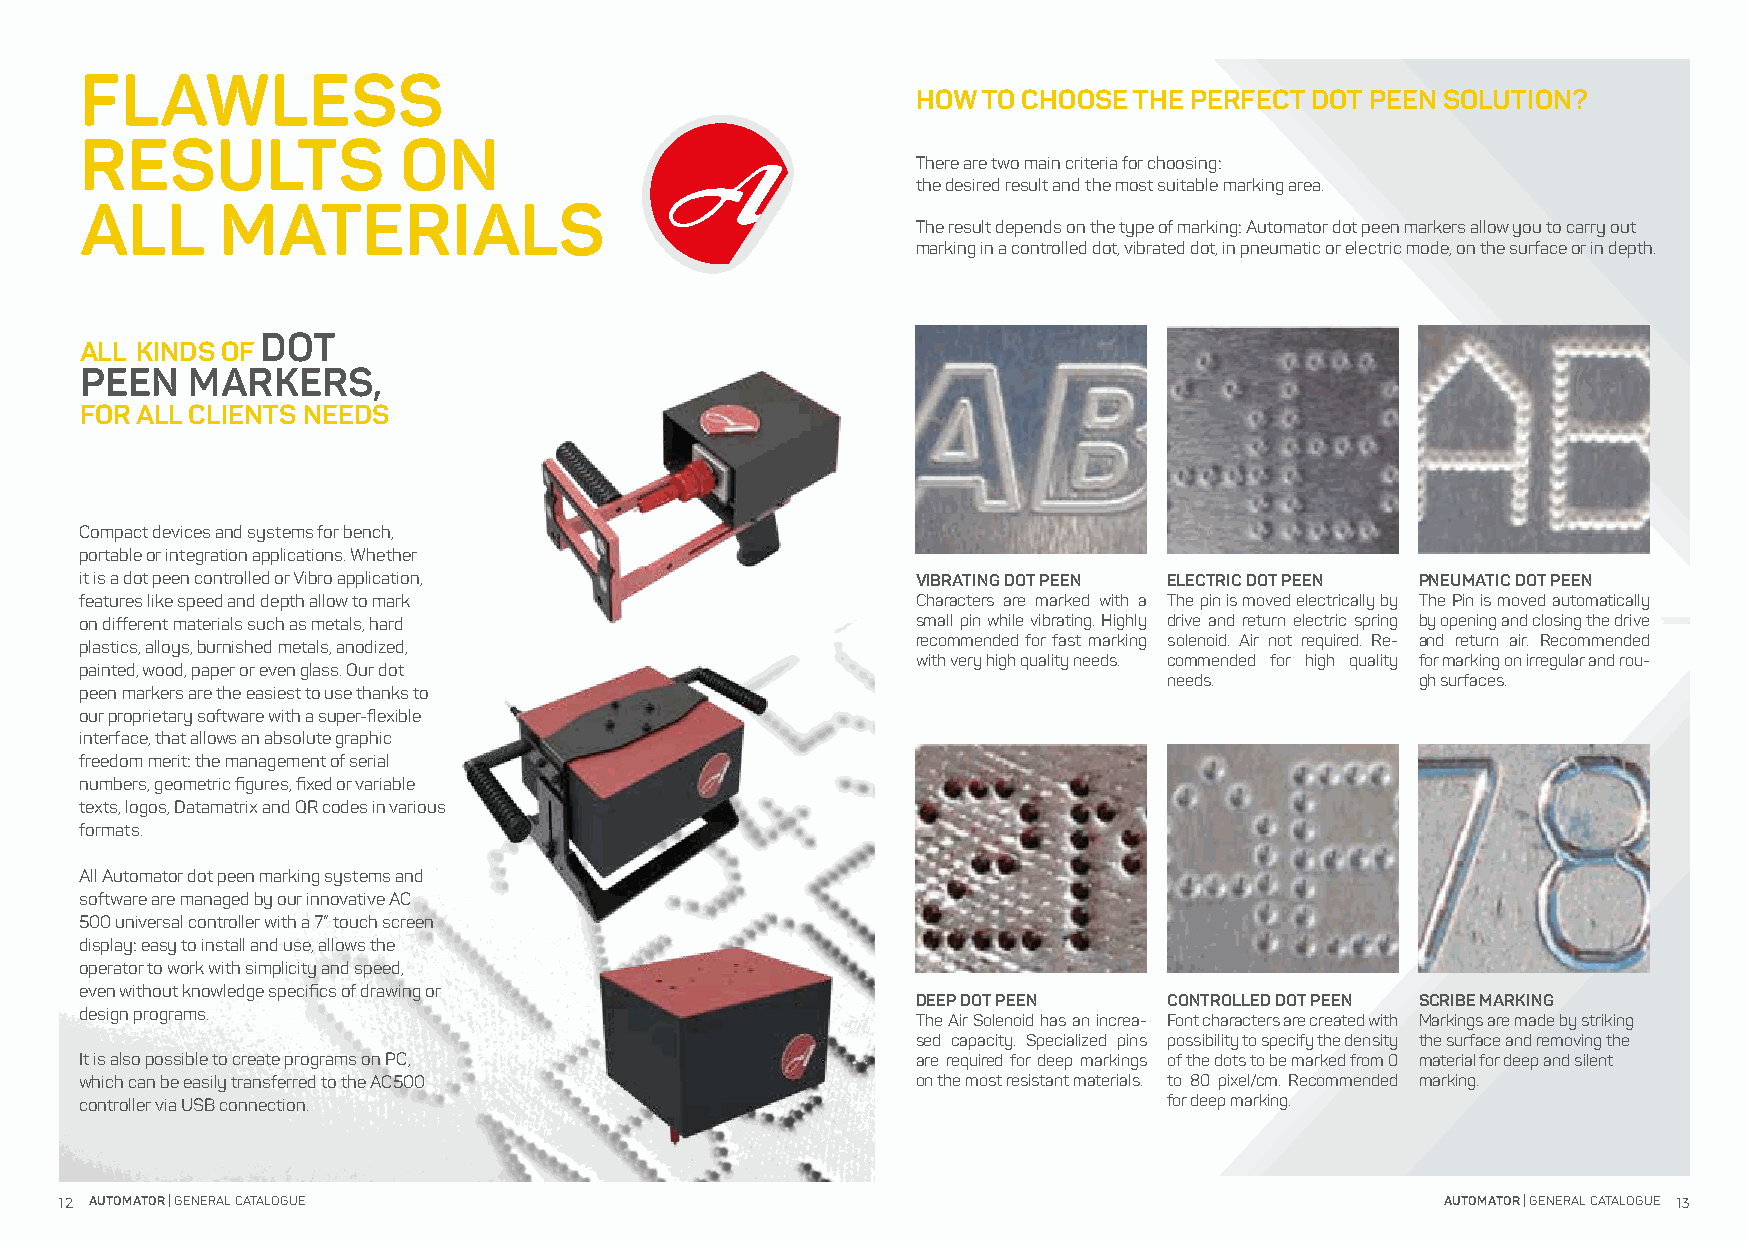
FLAWLESS
 HOW TO CHOOSE THE PERFECT DOT PEEN SOLUTION?
 RESULTS              ON
 There are two main criteria for choosing:
 the desired result and the most suitable marking area.
 ALL       MATERIALS
 The result depends on the type of marking: Automator dot peen markers allow you to carry out
 marking in a controlled dot, vibrated dot, in pneumatic or electric mode, on the surface or in depth.
 DOT
 ALL KINDS OF
 PEEN   MARKERS,
 FOR ALL CLIENTS NEEDS
 Compact devices and systems for bench,
 portable or integration applications. Whether
 it is a dot peen controlled or Vibro application,       VIBRATING DOT PEEN ELECTRIC DOT PEEN PNEUMATIC DOT PEEN
 features like speed and depth allow to mark             Characters are marked with a The pin is moved electrically by The Pin is moved automatically
 on different materials such as metals, hard             small pin while vibrating. Highly drive and return electric spring by opening and closing the drive
 plastics, alloys, burnished metals, anodized,           recommended for fast marking solenoid. Air not required. Re- and return air. Recommended
 with very high quality needs. commended for high quality for marking on irregular and rou-
 painted, wood, paper or even glass. Our dot
 needs.           gh surfaces.
 peen markers are the easiest to use thanks to
 our proprietary software with a super-flexible
 interface, that allows an absolute graphic
 freedom merit: the management of serial
 numbers, geometric figures, fixed or variable
 texts, logos, Datamatrix and QR codes in various
 formats.
 All Automator dot peen marking systems and
 software are managed by our innovative AC
 500 universal controller with a 7” touch screen
 display: easy to install and use, allows the
 operator to work with simplicity and speed,
 even without knowledge specifics of drawing or
 DEEP DOT PEEN   CONTROLLED DOT PEEN SCRIBE MARKING
 design programs.
 The Air Solenoid has an increa- Font characters are created with Markings are made by striking
 sed capacity. Specialized pins possibility to specify the density the surface and removing the
 It is also possible to create programs on PC,           are required for deep markings of the dots to be marked from 0 material for deep and silent
 which can be easily transferred to the AC500            on the most resistant materials. to 80 pixel/cm. Recommended marking.
 controller via USB connection.                                          for deep marking.
 12 AUTOMATOR | GENERAL CATALOGUE                                                            AUTOMATOR | GENERAL CATALOGUE 13